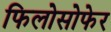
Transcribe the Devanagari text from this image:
फिलोसोफेर